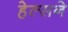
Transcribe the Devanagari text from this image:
हेल्सने